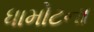
ધામોટના